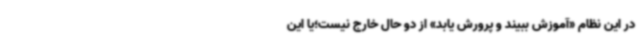
در این نظام «آموزش ببیند و پرورش یابد» از دو حال خارج نیست؛یا این